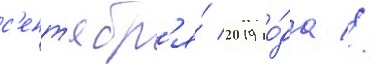
с'ент'ябр'я́ 2019 го́да //